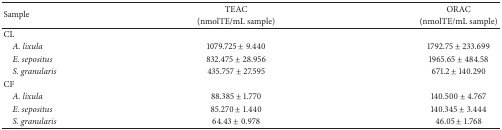
<table><thead><tr><td rowspan="2"><b>Sample</b></td><td><b>TEAC</b></td><td><b>ORAC</b></td></tr><tr><td><b>(nmolTE/mL sample)</b></td><td><b>(nmolTE/mL sample)</b></td></tr></thead><tbody><tr><td>CL</td><td> </td><td> </td></tr><tr><td> <i>A. lixula</i></td><td>1079.725 ± 9.440</td><td>1792.75 ± 233.699</td></tr><tr><td> <i>E. sepositus</i></td><td>832.475 ± 28.956</td><td>1965.65 ± 484.58</td></tr><tr><td> <i>S. granularis</i></td><td>435.757 ± 27.595</td><td>671.2 ± 140.290</td></tr><tr><td>CF</td><td> </td><td> </td></tr><tr><td> <i>A. lixula</i></td><td>88.385 ± 1.770</td><td>140.500 ± 4.767</td></tr><tr><td> <i>E. sepositus</i></td><td>85.270 ± 1.440</td><td>140.345 ± 3.444</td></tr><tr><td> <i>S. granularis </i></td><td>64.43 ± 0.978</td><td>46.05 ± 1.768</td></tr></tbody></table>